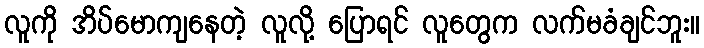
လူကို အိပ်မောကျနေတဲ့ လူလို့ ပြောရင် လူတွေက လက်မခံချင်ဘူး။